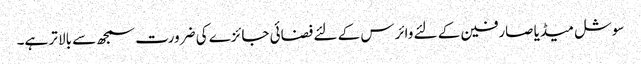
سوشل میڈیا صارفین کے لئے وائرس کے لئے فضائی جائزے کی ضرورت سمجھ سے بالا تر ہے۔